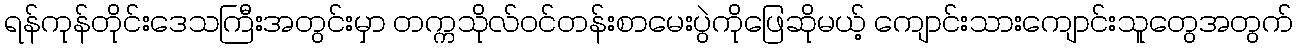
ရန်ကုန်တိုင်းဒေသကြီးအတွင်းမှာ တက္ကသိုလ်ဝင်တန်းစာမေးပွဲကိုဖြေဆိုမယ့် ကျောင်းသားကျောင်းသူတွေအတွက်